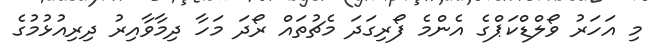
މި އަހަރު ވޯލްޑްކަޕްގެ އެންމެ ފޯރިގަދަ މެޗުތައް ރޯދަ މަހާ ދިމާވާއިރު ދިރިއުޅުމުގެ